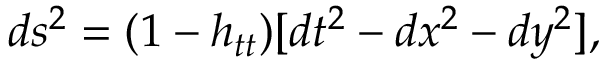
d s ^ { 2 } = ( 1 - h _ { t t } ) [ d t ^ { 2 } - d x ^ { 2 } - d y ^ { 2 } ] ,